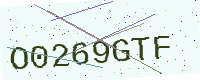
Text: O0269GTF